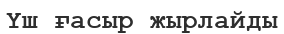
Үш ғасыр жырлайды